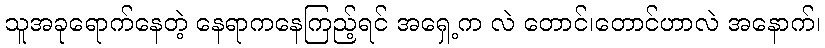
သူအခုရောက်နေတဲ့ နေရာကနေကြည့်ရင် အရှေ့က လဲ တောင်၊တောင်ဟာလဲ အနောက်၊